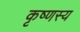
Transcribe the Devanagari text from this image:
कृष्णस्य